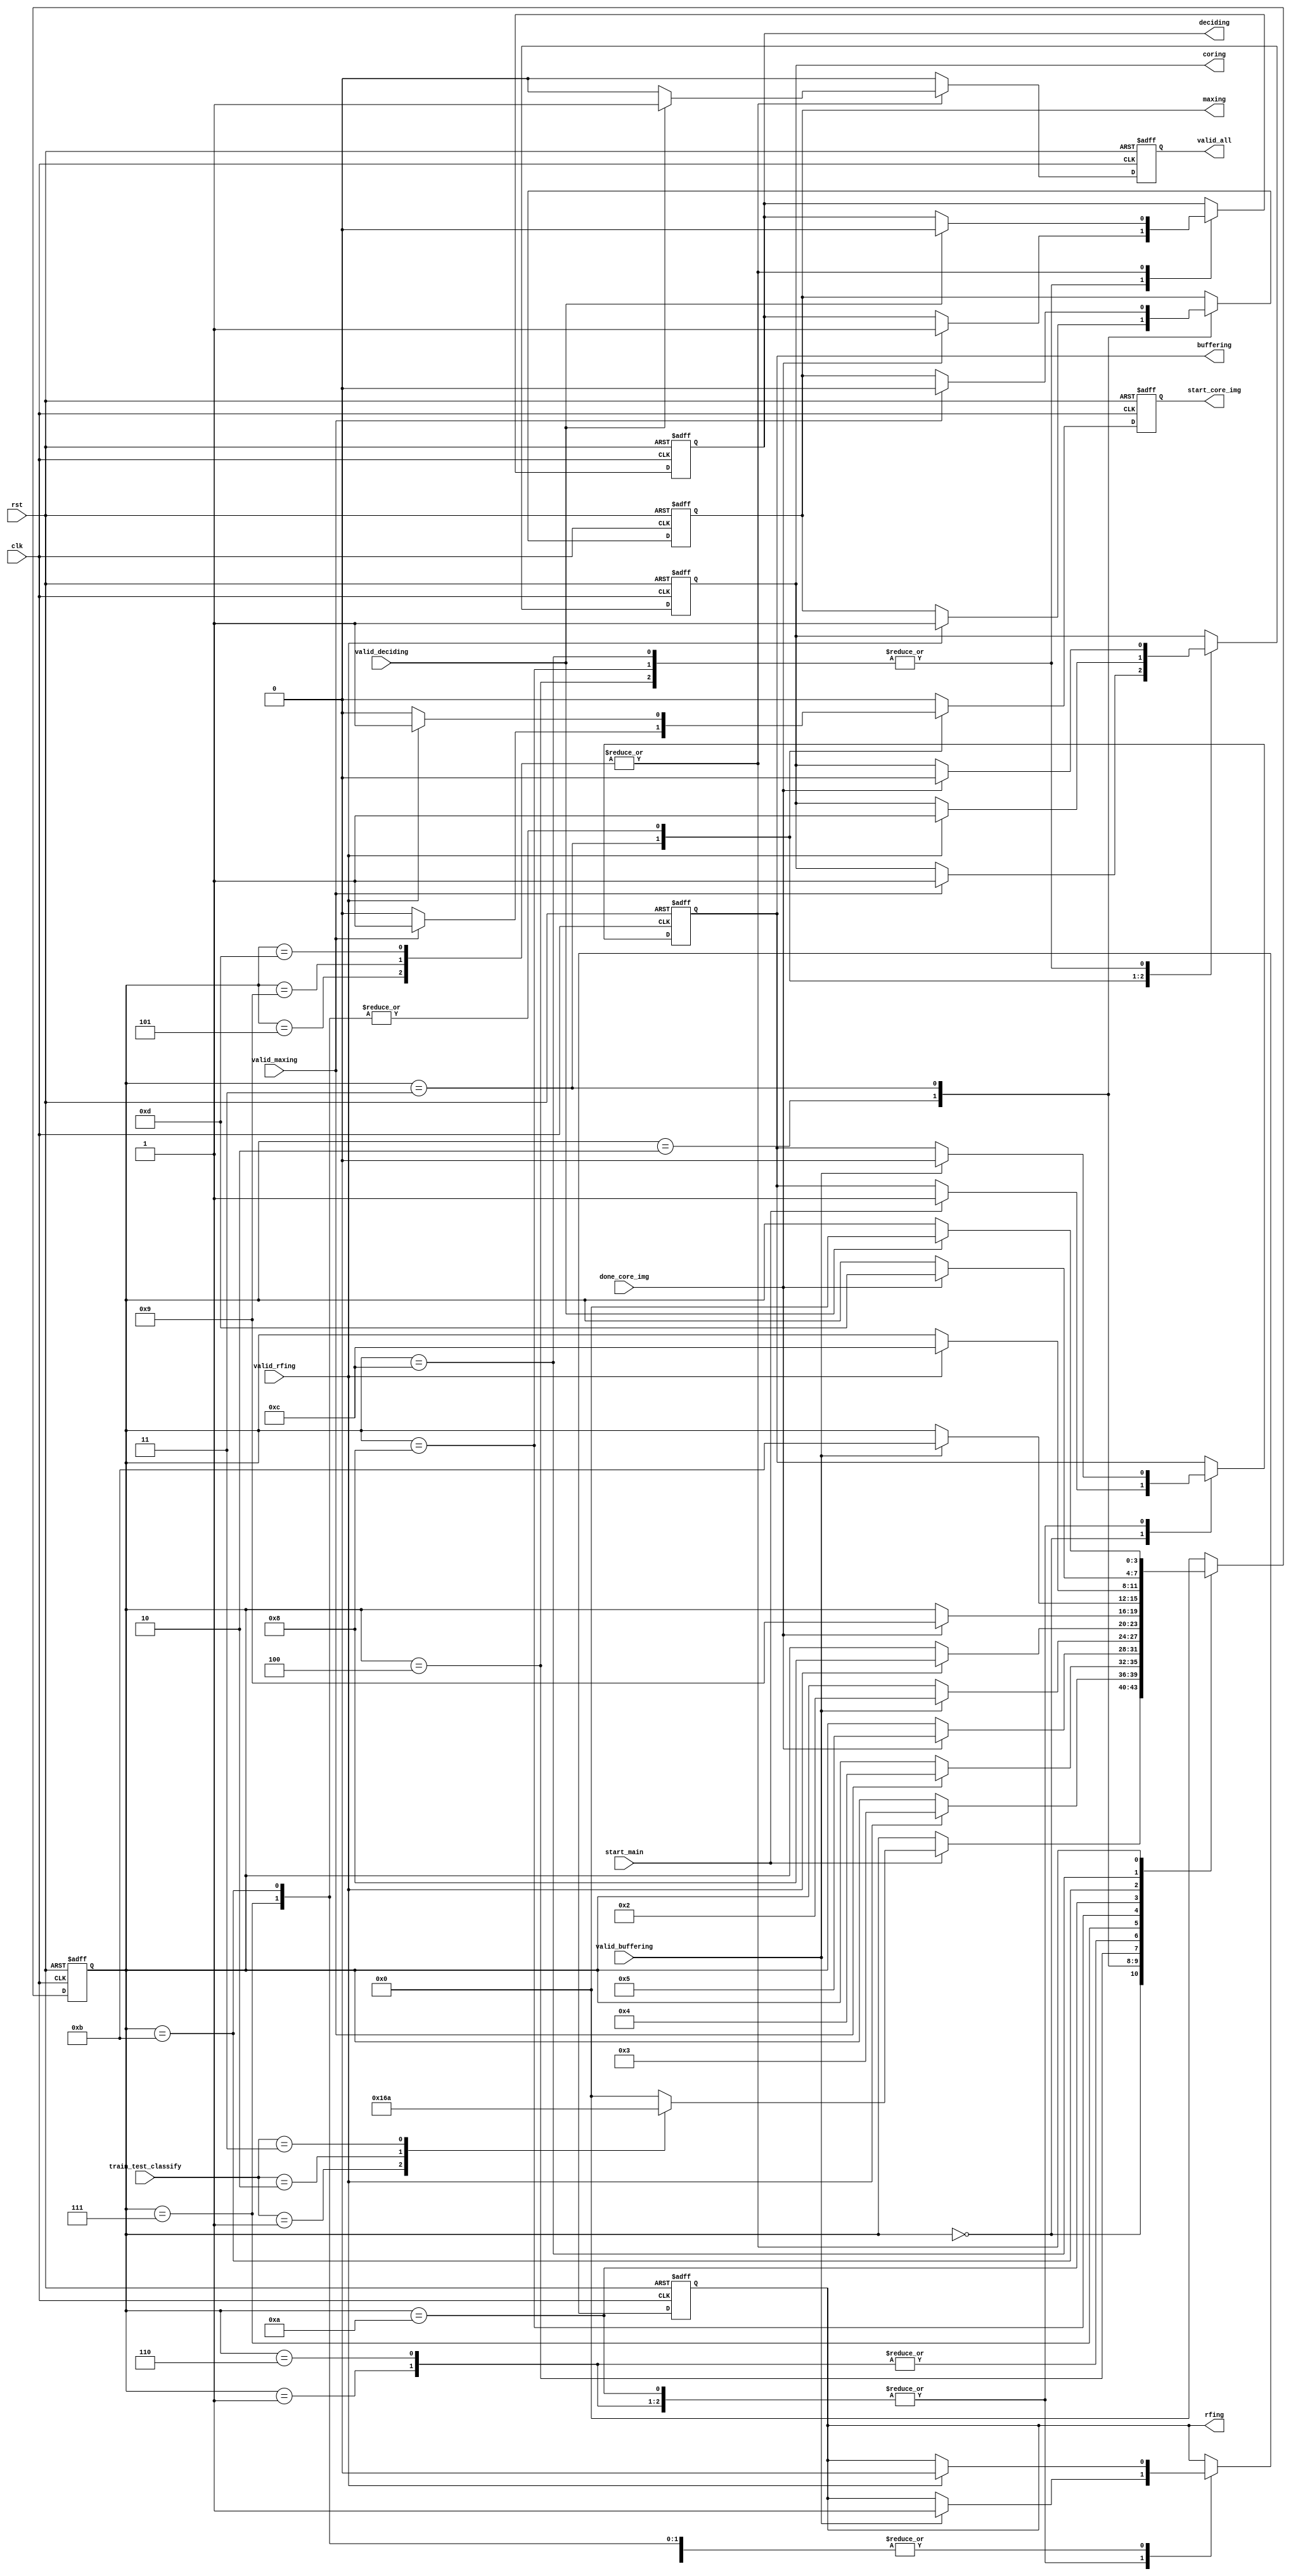
module control(
	 input	clk,
    input	rst,
    input	start_main,
	 input	[1:0]train_test_classify,	
	 input	valid_buffering,
	 input	valid_rfing,
	 input	valid_maxing,
	 input	done_core_img,
	 input	valid_deciding,

	 
	 output	buffering,
	 output	rfing,
	 output	maxing,
	 output	coring,
	 output	start_core_img,
	 output	deciding,
    output	valid_all

    );
	 
 
reg	buffering;
reg	rfing;
reg	maxing;
reg	coring;
reg	start_core_img;
reg	deciding;
reg	valid_all;		
	 
parameter M=784, N=8, W=8, D = 1,IM_WID = 28, IM_HEI = 28,
			 REF = 30, TH = 5, PRES = 0, PMIN = -1;	

//States
localparam	[3:0]	idle   				 	= 4'b0000,
						train_buff				= 4'b0001,
						train_rf					= 4'b0010,
						train_maxer				= 4'b0011,
						train_core				= 4'b0100,
						train_decider			= 4'b0101,							
						
						test_buff				= 4'b0110,
						test_rf					= 4'b0111,
						test_core				= 4'b1000,
						test_decider			= 4'b1001,
						
						classify_buff			= 4'b1010,
						classify_rf				= 4'b1011,
						classify_core			= 4'b1100,
						classify_decider		= 4'b1101;

reg[3:0]				state_reg;

	

always@(posedge clk, posedge rst)
begin
	if(rst) begin
		state_reg		<= idle;
		buffering		<= 0;
		rfing				<= 0;
		maxing			<= 0;
		coring			<= 0;
		deciding			<= 0;
		start_core_img <= 0;
		valid_all		<= 0;
	end else begin
		valid_all		<= 0;
		start_core_img <= 0;
		
		case(state_reg)
		
		idle:	
			begin
				if(start_main) begin
					case(train_test_classify)	
						2'b01:	begin
									state_reg <= train_buff;
									end
						2'b10:	begin	
									state_reg <= test_buff;
									end 
						2'b11:	begin	
									state_reg <= classify_buff;
									end	
						default: begin
									state_reg <= idle;
									end
					endcase
					buffering <= 1;
				end
			end
		
		train_buff:
			begin
				if(valid_buffering) begin
					state_reg	<= train_rf;
					buffering	<= 0;
					rfing			<= 1;
				end
			end
		
		train_rf:
			begin
				if(valid_rfing) begin
					state_reg	<= train_maxer;
					rfing			<= 0;
					maxing		<= 1;
				end
			end
			
		train_maxer:
			begin
				if(valid_maxing) begin
					state_reg	<= train_core;
					maxing		<= 0;
					coring		<= 1;
					start_core_img	<= 1;
				end
			end
			
		train_core:
			begin
				if(done_core_img) begin
					state_reg	<= train_decider;
					coring		<= 0;
					deciding		<= 1; 				//just for 1 cycle
				end
			end
			
		train_decider:
			begin
				if(valid_deciding) begin
					state_reg	<= idle;
					deciding		<= 0;
					valid_all	<= 1;
				end
			end
		
		
		test_buff:
			begin
				if(valid_buffering) begin
					state_reg	<= train_rf;
					buffering	<= 0;
					rfing			<= 1;
				end
			end
			
		test_rf:
			begin
				if(valid_rfing) begin
					state_reg	<= test_core;
					rfing			<= 0;
					coring		<= 1;
					start_core_img	<= 1;
				end	
			end
			
		test_core:
			begin
				if(done_core_img) begin
					state_reg	<= test_decider;
					coring		<= 0;
					deciding		<= 1;
				end
			end

		test_decider:
			begin
				if(valid_deciding) begin
					state_reg	<= idle;
					deciding		<= 0;
					valid_all	<= 1;
				end
			end
			
		
		classify_buff:
			begin
				if(valid_buffering) begin
					state_reg	<= classify_rf;
					buffering	<= 0;
					rfing			<= 1;
				end
			end
			
		classify_rf:
			begin
				if(valid_rfing) begin
					state_reg	<= classify_core;
					rfing			<= 0;
					coring		<= 1;
					start_core_img	<= 1;
				end
			end
			
		classify_core:
			begin
				if(done_core_img) begin
					state_reg	<= classify_decider;
					coring		<= 0;
					deciding		<= 1;
				end
			end

		classify_decider:
			begin
				if(valid_deciding) begin
					state_reg	<= idle;
					deciding		<= 0;
					valid_all	<= 1;
				end
			end
		
		default:
			begin
				state_reg	<= idle;
			end
		endcase
	end
end






endmodule